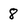
Character: 8